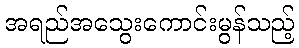
အရည်အသွေးကောင်းမွန်သည့်